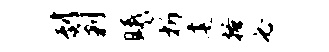
到剿曦析建搔必